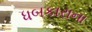
ધબકારાના